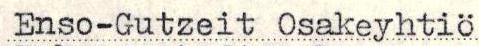
Enso-Gutzeit Osakeyhtiö